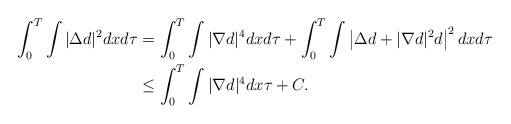
\begin{align*}\begin{aligned}\int_0^T \int |\Delta d|^2 dxd\tau&=\int_0^T \int |\nabla d|^4 dx d\tau+\int_0^T \int \left|\Delta d+|\nabla d|^2 d\right|^2 dxd\tau\\&\le \int_0^T \int |\nabla d|^4 dx \tau+C.\end{aligned}\end{align*}